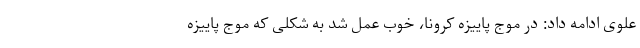
علوی ادامه داد: در موج پاییزه کرونا، خوب عمل شد به شکلی که موج پاییزه